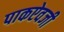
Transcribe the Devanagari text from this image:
पाकऐवजी